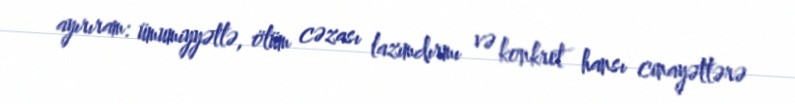
ayırıram: ümumiyyətlə, ölüm cəzası lazımdırmı və konkret hansı cinayətlərə